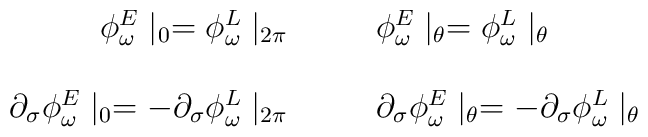
\begin{array}{cc}\phi^E_\omega \mid_0 = \phi^L_\omega \mid_{2\pi} \hspace{10mm} \phi^E_\omega \mid_\theta =\phi^L_\omega \mid_\theta \\\\\partial_{\sigma} \phi^E_\omega \mid_0 = - \partial_{\sigma}\phi^L_\omega \mid_{2\pi}  \hspace{10mm} \partial_{\sigma} \phi^E_\omega \mid_\theta = - \partial_{\sigma} \phi^L_\omega \mid_\theta\end{array}